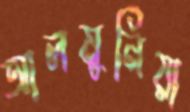
আলমুনিয়া